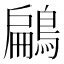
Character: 鶣